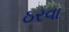
ઠરવા